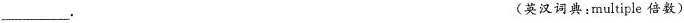
___. (英汉词典:multiple 倍数)